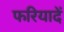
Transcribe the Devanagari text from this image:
फरियादें